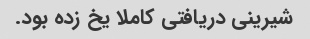
شیرینی دریافتی کاملا یخ زده بود.